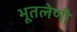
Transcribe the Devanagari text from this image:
भूतलेणी